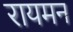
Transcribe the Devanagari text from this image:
रायमन